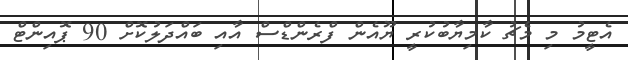
އެޓީމު މި މެޗު ކާމިޔާބުކުރީ ޔޫއެން ފްރެންޑްސް އާއި ބައްދަލުކޮށް 90 ޕޮއިންޓް